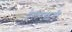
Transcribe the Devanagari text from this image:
तेलंगणाची